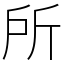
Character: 所